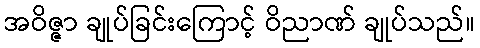
အဝိဇ္ဇာ ချုပ်ခြင်းကြောင့် ဝိညာဏ် ချုပ်သည်။